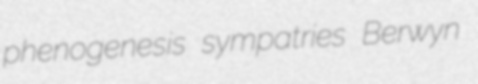
phenogenesis sympatries Berwyn